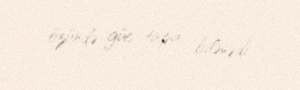
özündə güc tapa bilmədi.